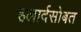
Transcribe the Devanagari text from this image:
हलार्दसोबत